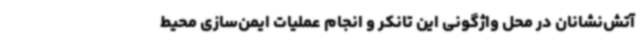
آتش‌نشانان در محل واژگونی این تانکر و انجام عملیات ایمن‌سازی محیط